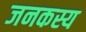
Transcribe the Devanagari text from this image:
जनकस्य